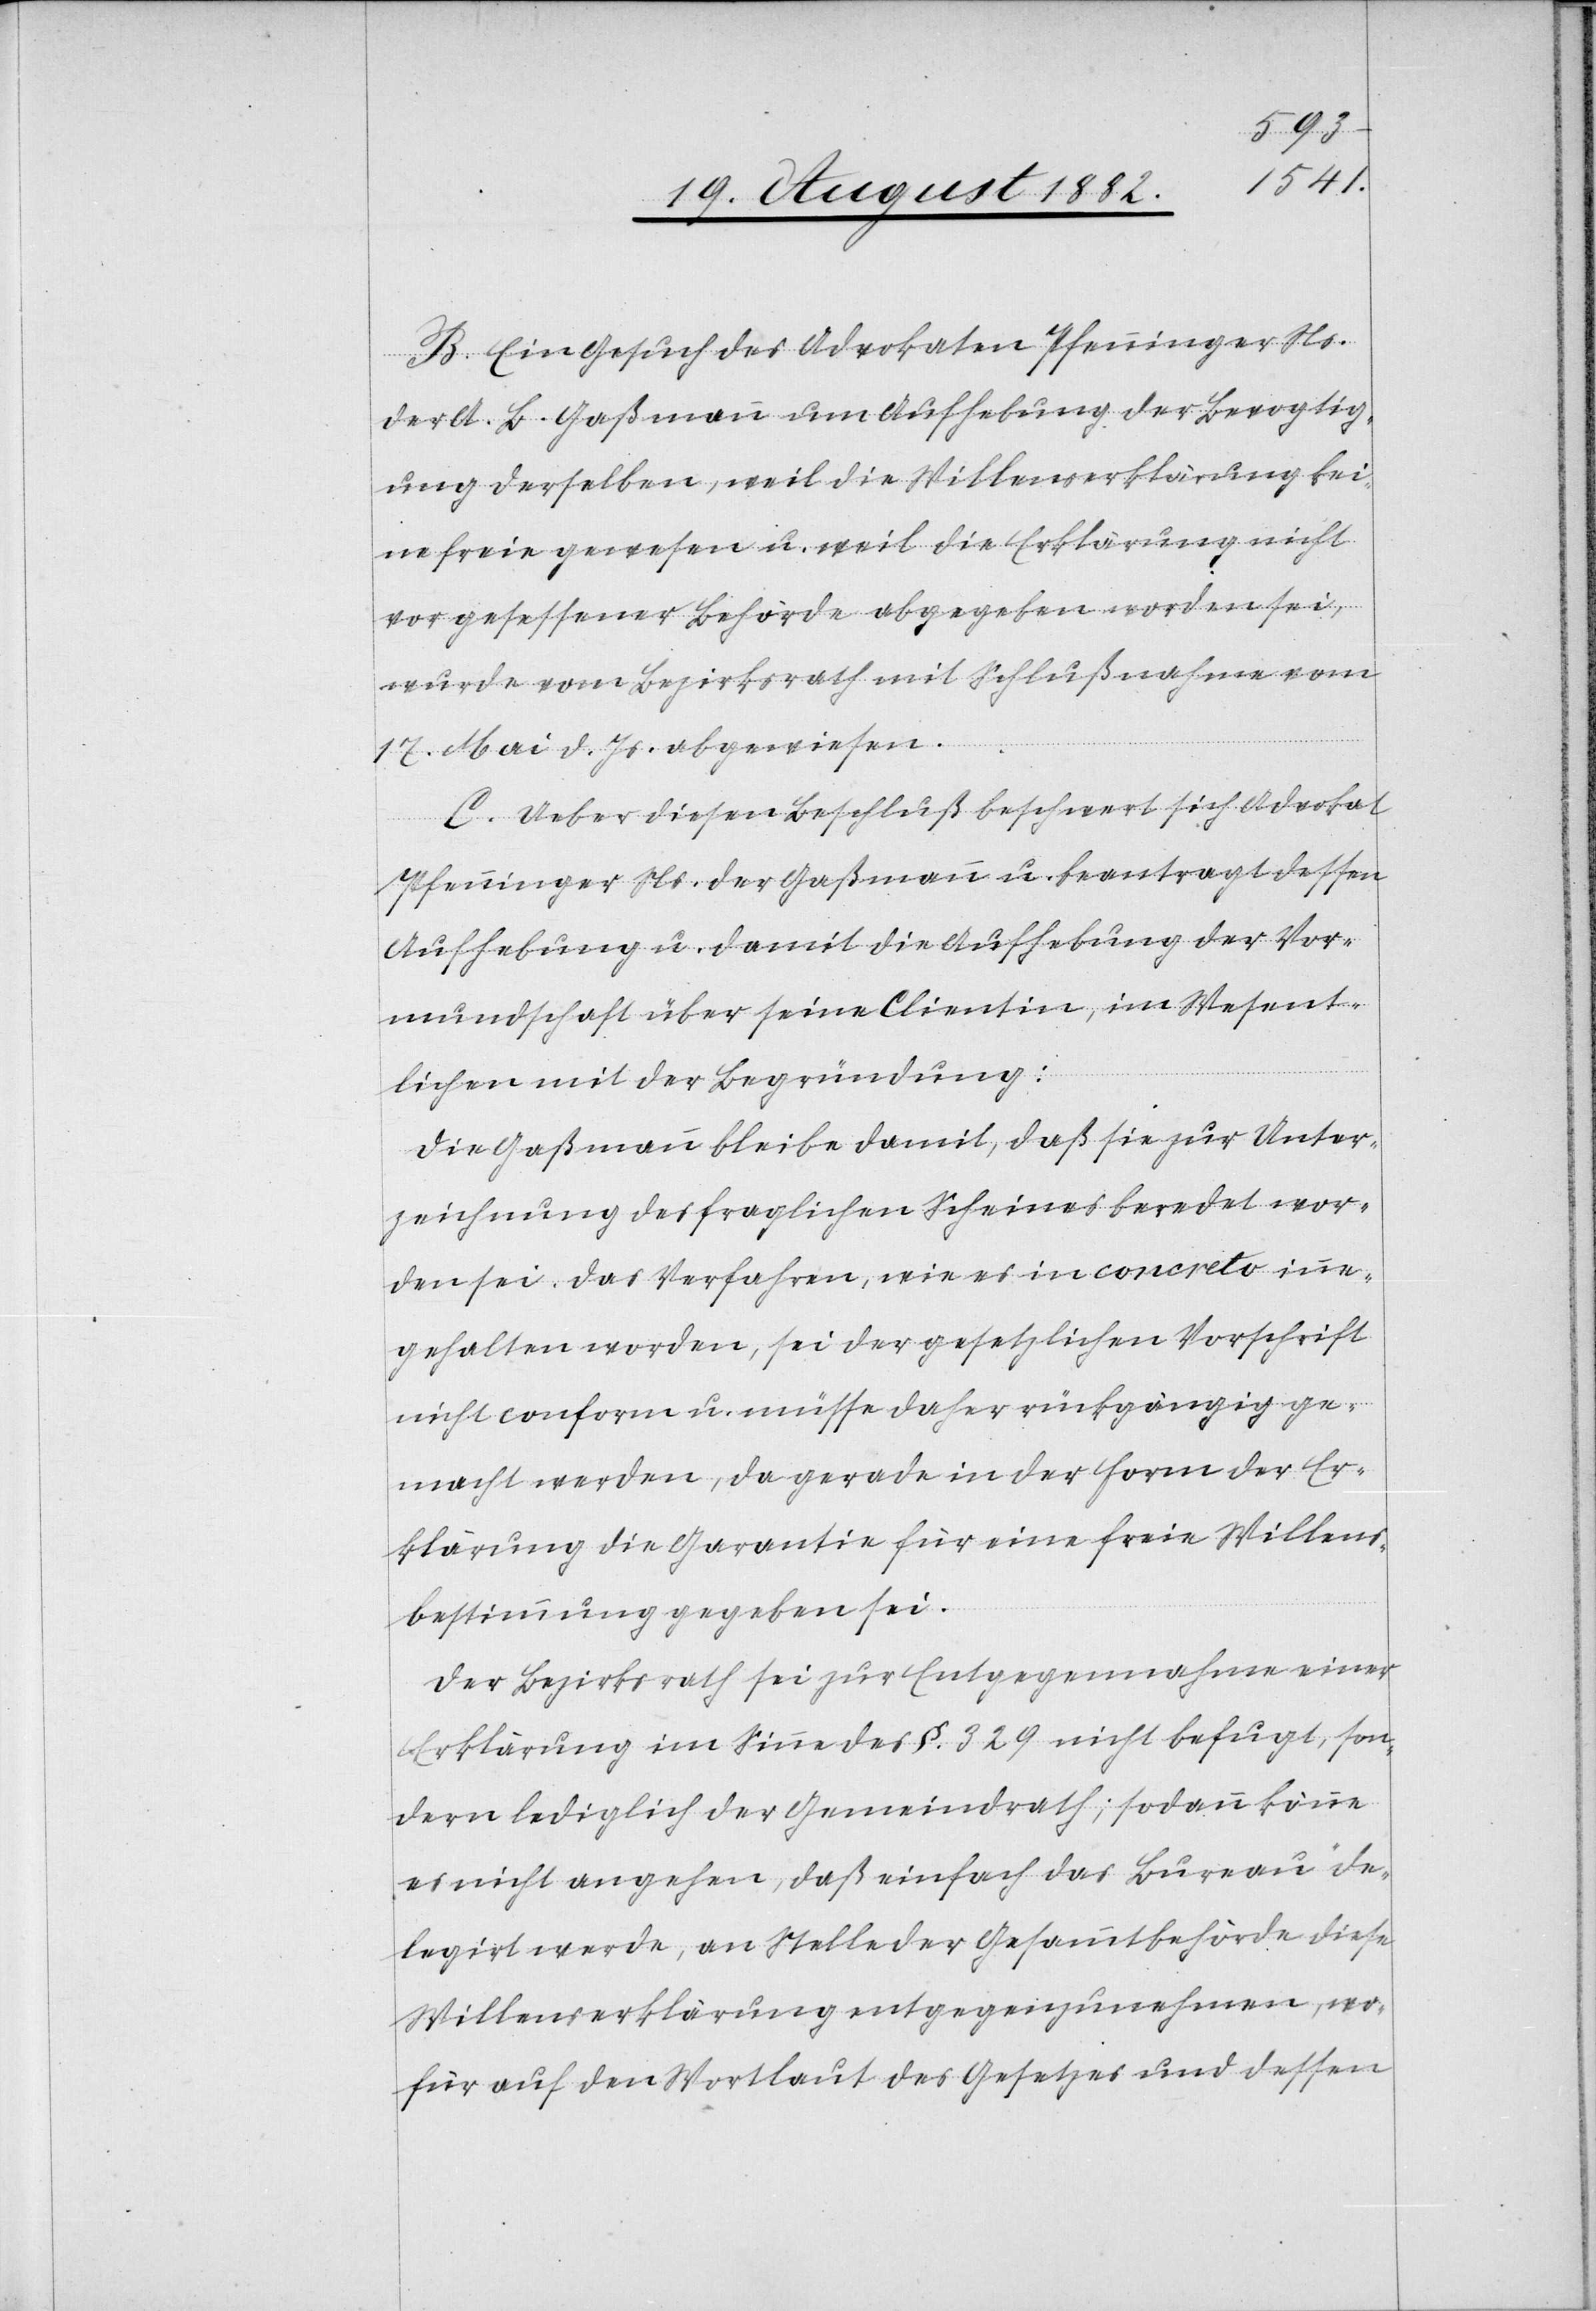
B. Ein Gesuch des Advokaten Pfenninger Ns.
der A. B. Gaßmann um Aufhebung der Bevogtig¬
ung derselben, weil die Willenserklärung kei¬
ne freie gewesen u. weil die Erklärung nicht
vor gesessener Behörde abgegeben worden sei,
wurde vom Bezirksrath mit Schlußnahme vom
17. Mai d. Js. abgewiesen.
C. Ueber diesen Beschluß beschwert sich Advokat
Pfenninger Ns. der Gaßmann u. beantragt dessen
Aufhebung u. damit die Aufhebung der Vor¬
mundschaft über seine Clientin; im Wesent¬
lichen mit der Begründung:
Die Gaßmann bleibe damit, daß sie zur Unter¬
zeichnung des fraglichen Scheines beredet wor¬
den sei. Das Verfahren, wie es in concreto inne¬
gehalten worden, sei der gesetzlichen Vorschrift
nicht conform u. müsse daher rückgängig ge¬
macht werden, da gerade in der Form der Er¬
klärung die Garantie für eine freie Willens¬
bestimmung gegeben sei.
Der Bezirksrath sei zur Entgegennahme einer
Erklärung im Sinne des §. 329 nicht befugt, son¬
dern lediglich der Gemeindrath; sodann könne
es nicht angehen, daß einfach das Bureau de¬
legirt werde, an Stelle der Gesammtbehörde diese
Willenserklärung entgegenzunehmen, wo¬
für auf den Wortlaut des Gesetzes und dessen